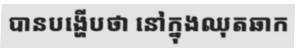
បានបង្ហើបថា នៅក្នុងឈុតឆាក